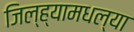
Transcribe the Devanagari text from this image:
जिल्ह्यामधल्या